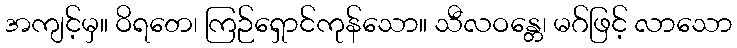
အကျင့်မှ။ ဝိရတေ၊ ကြဉ်ရှောင်ကုန်သော။ သီလဝန္တေ၊ မဂ်ဖြင့် လာသော